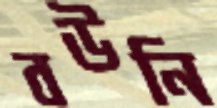
বউনি